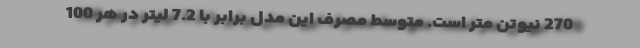
270 نیوتن متر است. متوسط مصرف این مدل برابر با 7.2 لیتر در هر 100